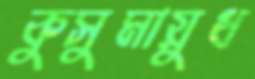
কুসুমায়ুধ